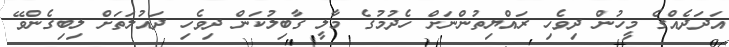
އަދަދެއްގެ މީހުން ދިވެހި ރައްޔިތުންނަށް ހެދުމުގެ މާލީ ގާބިލުކަން ދިވެހި ދައުލަތަށް ލިބިގެންވޭ